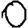
Digit: 0